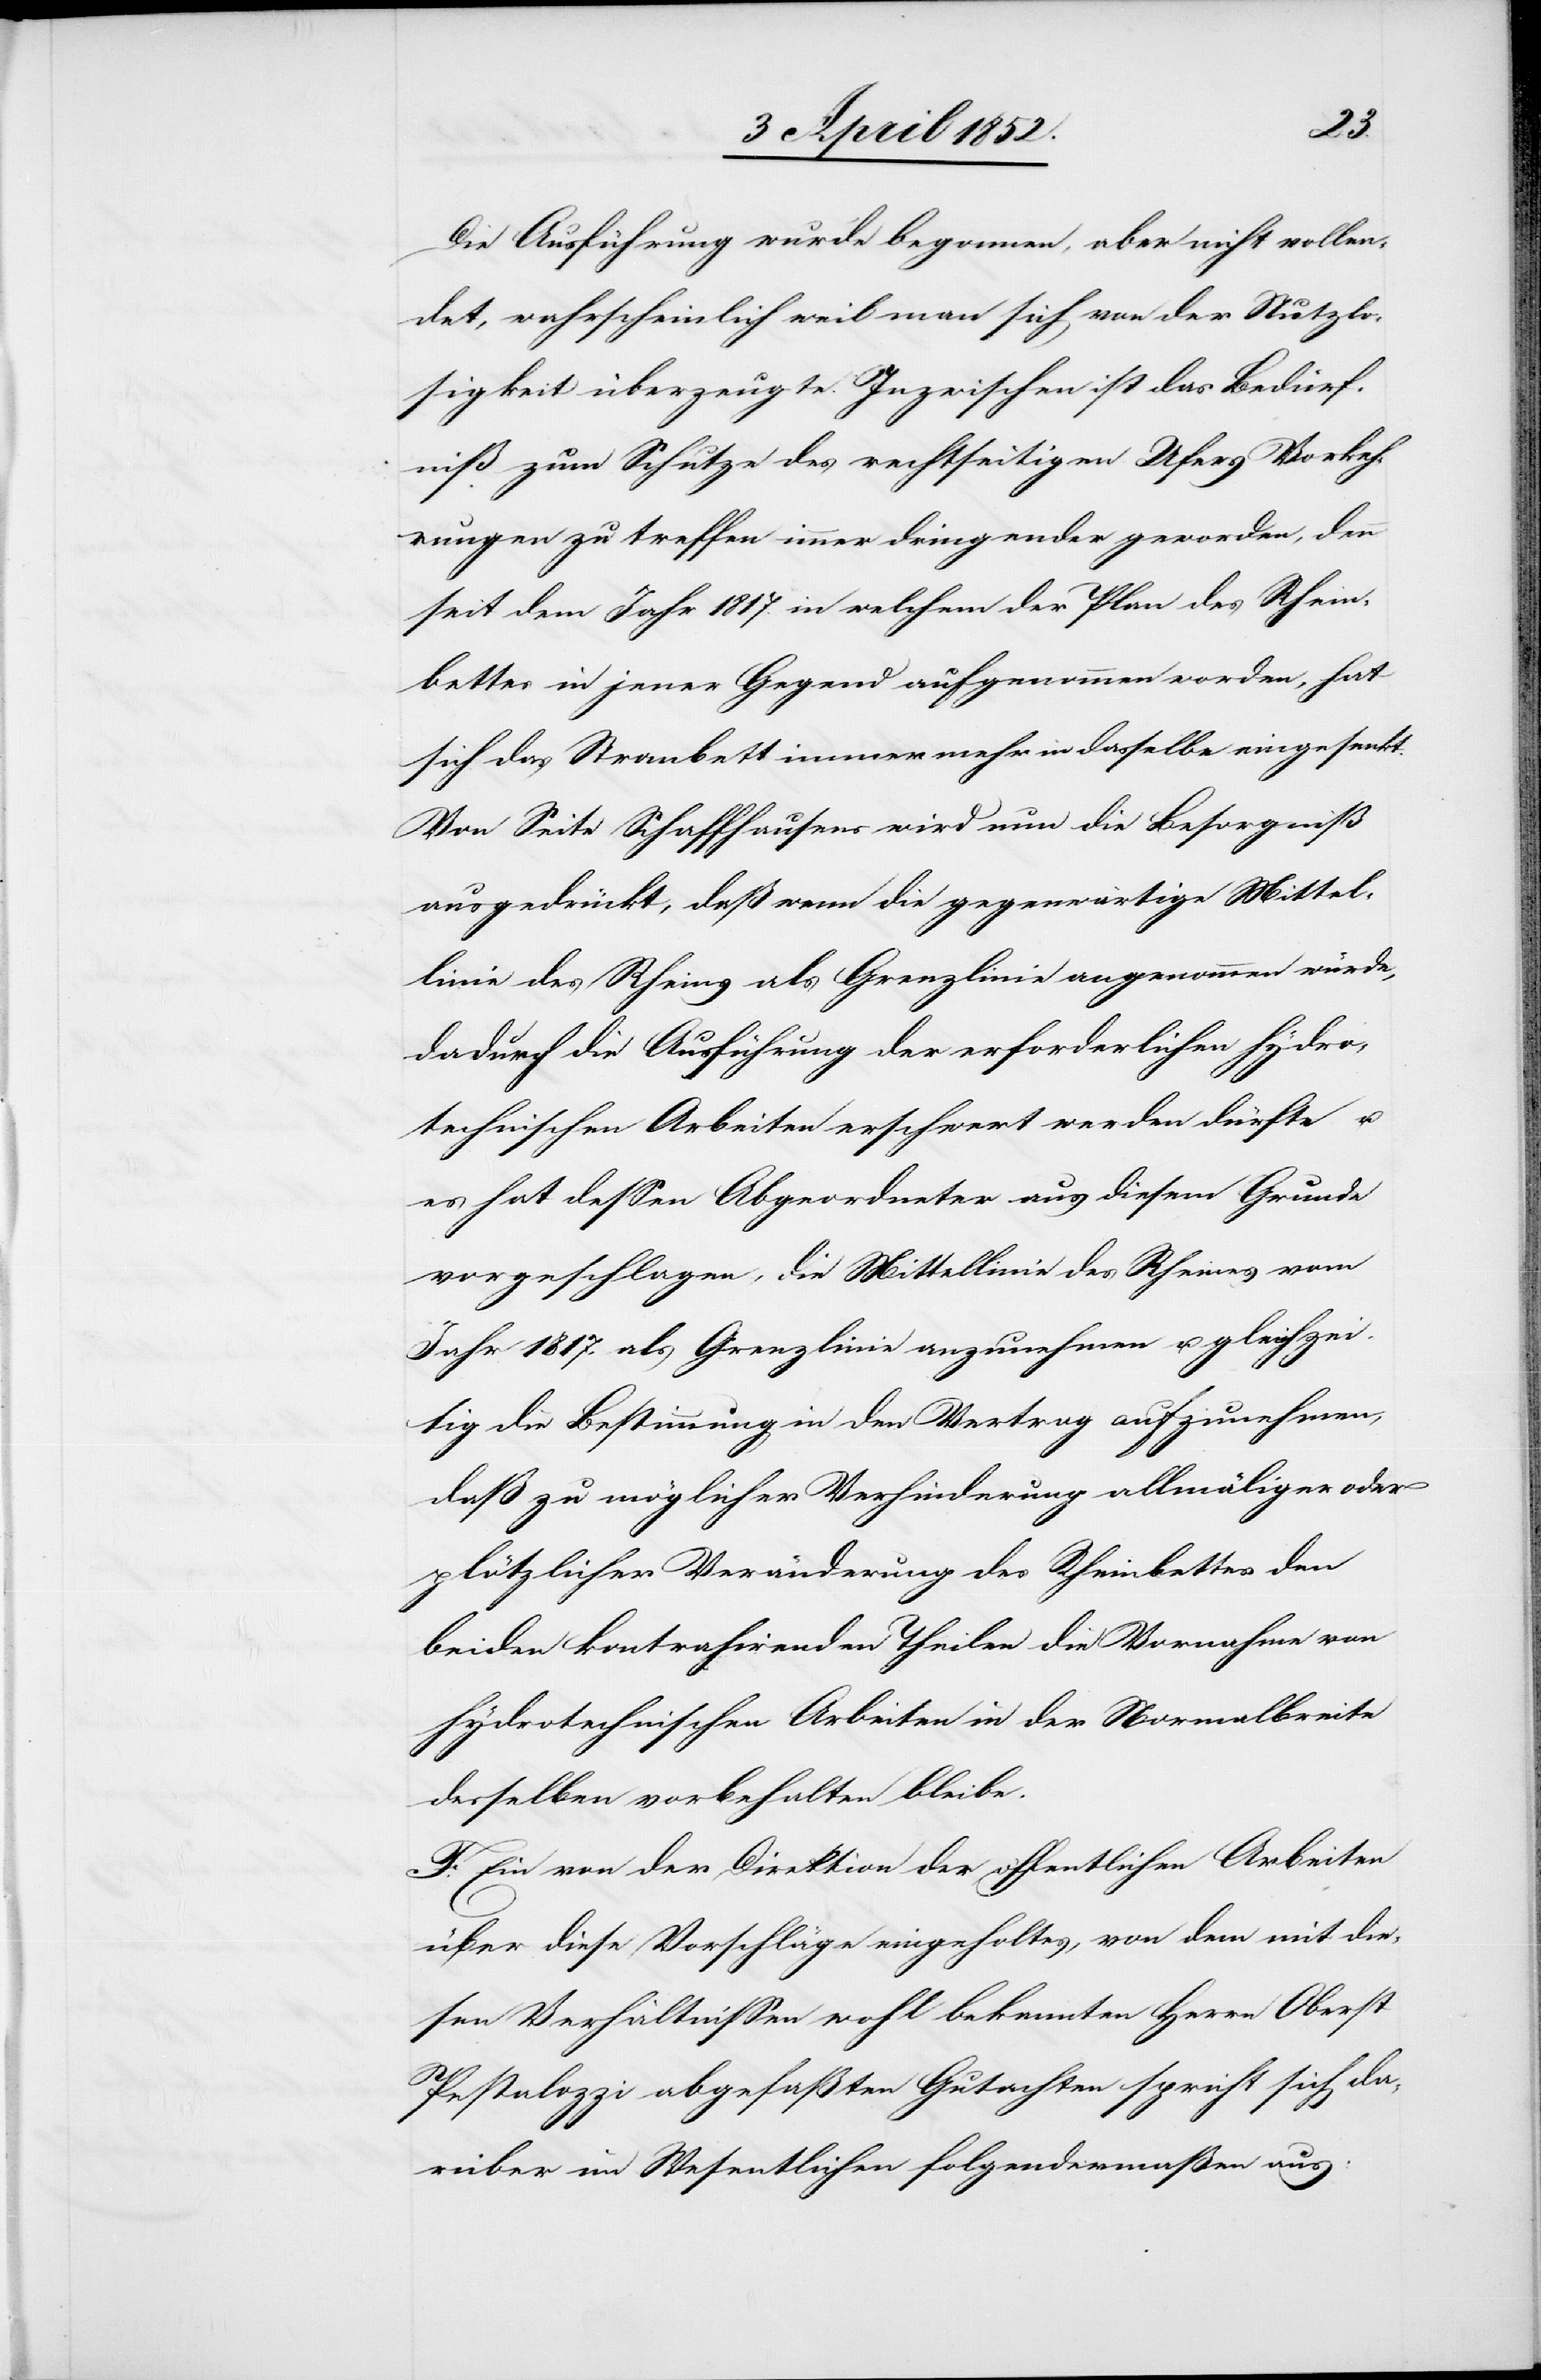
Die Ausführung wurde begonnen, aber nicht vollen¬
det, wahrscheinlich weil man sich von der Nutzlo¬
sigkeit überzeugte. Inzwischen ist das Bedürf¬
niß zum Schutze des rechtseitigen Ufers Vorkeh¬
rungen zu treffen immer dringender geworden, denn
seit dem Jahr 1817. in welchem der Plan des Rhein¬
bettes in jener Gegend aufgenommen worden, hat
sich das Strombett immer mehr in dasselbe eingesenkt.
Von Seite Schaffhausens wird nun die Besorgniß
ausgedrückt, daß wenn die gegenwärtige Mittel¬
linie des Rheins als Grenzlinie angenommen würde,
dadurch die Ausführung der erforderlichen hydro¬
technischen Arbeiten erschwert werden dürfte u.
es hat dessen Abgeordneter aus diesem Grunde
vorgeschlagen, die Mittellinie des Rheines vom
Jahr 1817. als Grenzlinie anzunehmen u. gleichzei¬
tig die Bestimmung in den Vertrag aufzunehmen,
daß zu möglicher Verhinderung allmäliger oder
plötzlicher Veränderung des Rheinbettes den
beiden kontrahirenden Theilen die Vornahme von
hydrotechnischen Arbeiten in der Normalbreite
desselben vorbehalten bleibe.
F. Ein von der Direktion der öffentlichen Arbeiten
über diese Vorschläge eingeholtes, von dem mit die¬
sen Verhältnissen wohl bekannten Herrn Oberst
Pestalozzi abgefaßten Gutachten spricht sich da¬
rüber im Wesentlichen folgendermaßen aus: